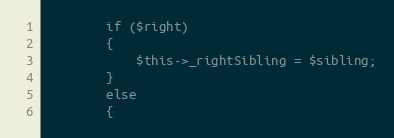
Language: PHP
		if ($right)
		{
			$this->_rightSibling = $sibling;
		}
		else
		{